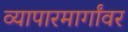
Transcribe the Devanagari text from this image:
व्यापारमार्गांवर